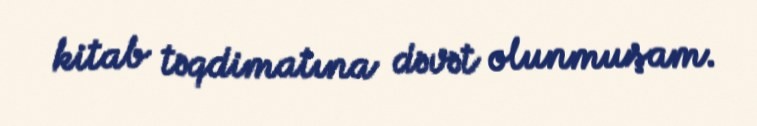
kitab təqdimatına dəvət olunmuşam.